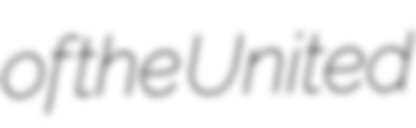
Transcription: of the United